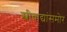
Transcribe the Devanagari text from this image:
स्त्रीवाद्यांसमोर